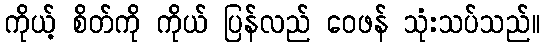
ကိုယ့် စိတ်ကို ကိုယ် ပြန်လည် ဝေဖန် သုံးသပ်သည်။